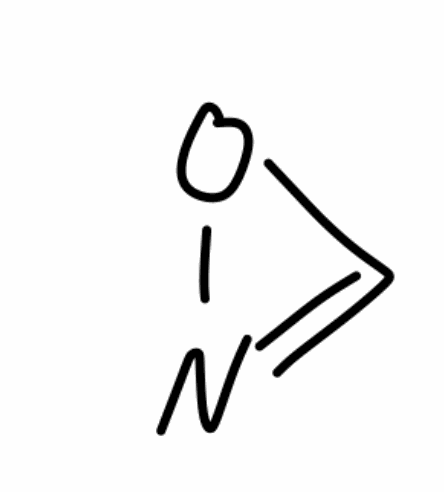
Simplified molecular-input line-entry system (SMILES) notation of the given molecule:
C1=NO1